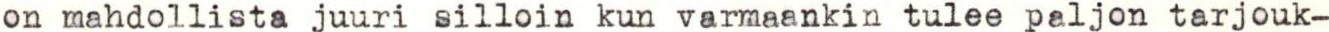
on mahdollista juuri silloin kun varmaankin tulee paljon tarjouk-